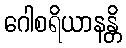
ဂေါစရိယာနန္တိ